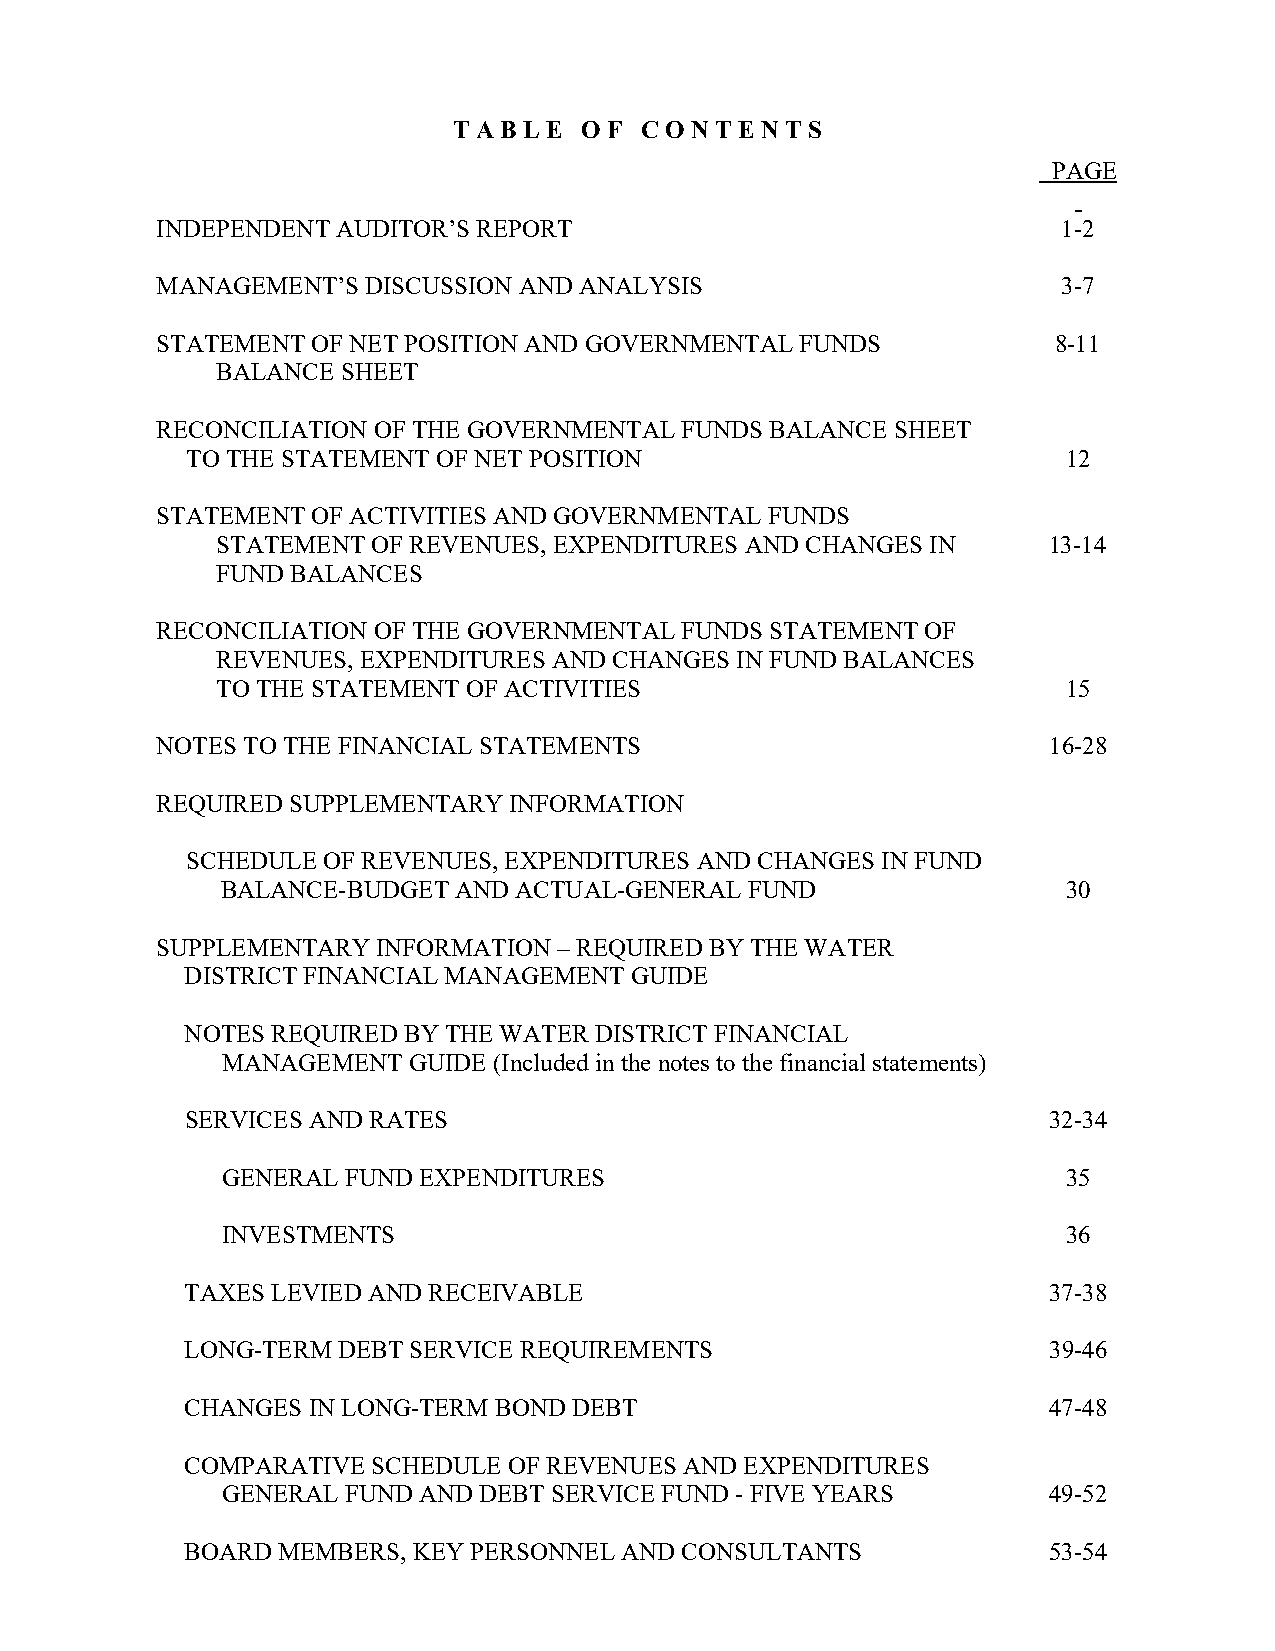
T A B L E O F C O N T E N T S
 PAGE
 INDEPENDENT AUDITOR’S REPORT                                1-2
 MANAGEMENT’S  DISCUSSION AND ANALYSIS                       3-7
 STATEMENT  OF NET POSITION AND GOVERNMENTAL FUNDS           8-11
 BALANCE  SHEET
 RECONCILIATION OF THE GOVERNMENTAL FUNDS BALANCE SHEET
 TO THE STATEMENT OF NET POSITION                           12
 STATEMENT  OF ACTIVITIES AND GOVERNMENTAL FUNDS
 STATEMENT  OF REVENUES, EXPENDITURES AND CHANGES IN    13-14
 FUND BALANCES
 RECONCILIATION OF THE GOVERNMENTAL FUNDS STATEMENT OF
 REVENUES, EXPENDITURES AND CHANGES IN FUND BALANCES
 TO THE STATEMENT OF ACTIVITIES                           15
 NOTES TO THE FINANCIAL STATEMENTS                          16-28
 REQUIRED SUPPLEMENTARY  INFORMATION
 SCHEDULE OF REVENUES, EXPENDITURES AND CHANGES IN FUND
 BALANCE-BUDGET AND ACTUAL-GENERAL  FUND                 30
 SUPPLEMENTARY  INFORMATION – REQUIRED BY THE WATER
 DISTRICT FINANCIAL MANAGEMENT GUIDE
 NOTES REQUIRED BY THE WATER DISTRICT FINANCIAL
 MANAGEMENT  GUIDE (Included in the notes to the financial statements)
 SERVICES AND RATES                                       32-34
 GENERAL FUND EXPENDITURES                               35
 INVESTMENTS                                             36
 TAXES LEVIED AND RECEIVABLE                              37-38
 LONG-TERM DEBT SERVICE REQUIREMENTS                      39-46
 CHANGES IN LONG-TERM BOND DEBT                           47-48
 COMPARATIVE  SCHEDULE OF REVENUES AND EXPENDITURES
 GENERAL FUND AND DEBT SERVICE FUND - FIVE YEARS       49-52
 BOARD MEMBERS, KEY PERSONNEL AND CONSULTANTS             53-54